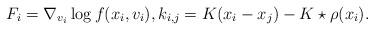
LaTeX: \begin{align*}F_i=\nabla_{v_i} \log f(x_i, v_i),k_{i, j}=K(x_i-x_j) -K\star \rho(x_i).\end{align*}